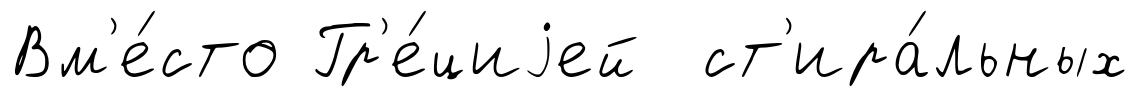
Вм'е́сто Гр'е́циjей ст'ира́льных